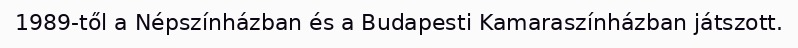
1989-től a Népszínházban és a Budapesti Kamaraszínházban játszott.